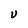
Character: V